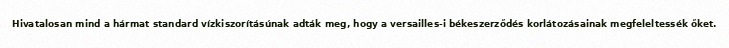
Hivatalosan mind a hármat standard vízkiszorításúnak adták meg, hogy a versailles-i békeszerződés korlátozásainak megfeleltessék őket.